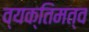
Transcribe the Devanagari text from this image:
व्यक्‍तिमत्व